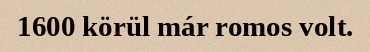
1600 körül már romos volt.